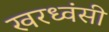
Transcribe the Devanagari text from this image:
खरध्वंसी